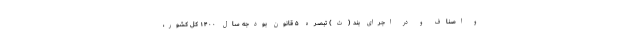
و اصناف و در اجرای بند (ث) تبصره ۵ قانون بودجه سال ۱۴۰۰ کل کشور،